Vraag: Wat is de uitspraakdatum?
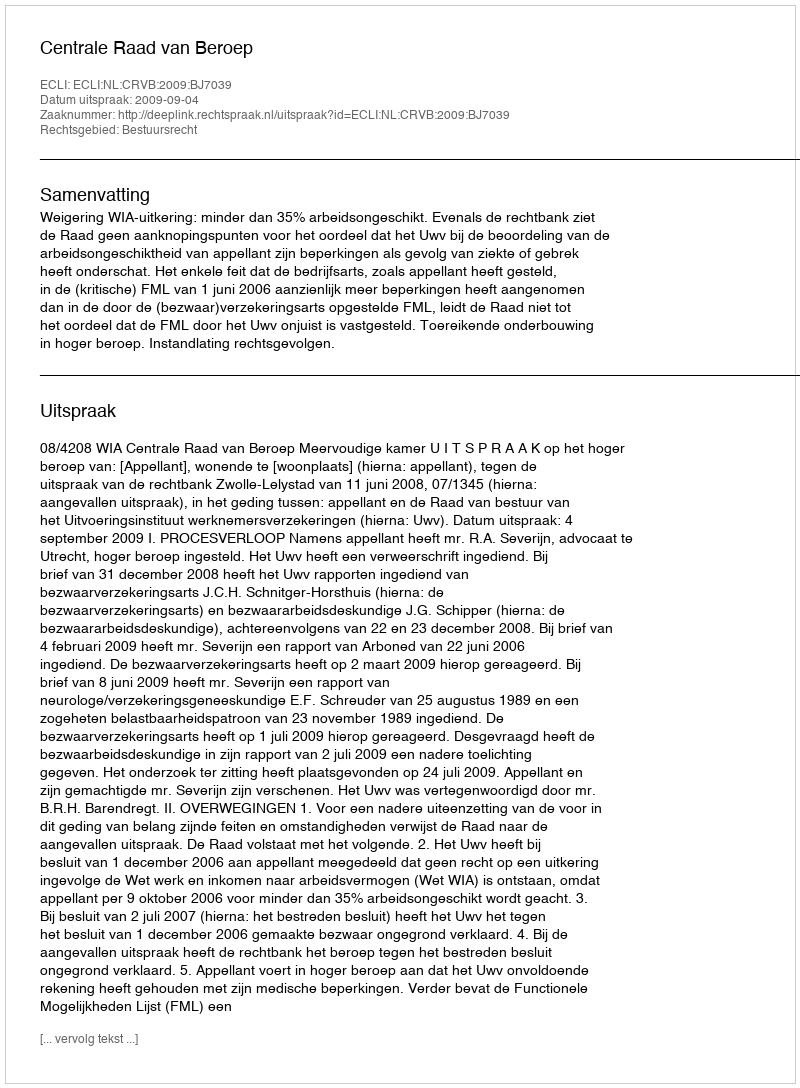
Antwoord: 2009-09-04